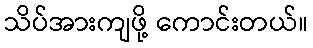
သိပ်အားကျဖို့ ကောင်းတယ်။